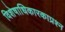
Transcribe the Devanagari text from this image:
विशेषाधिकारकाप्रश्न